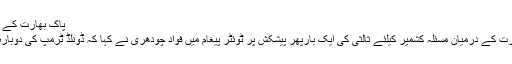
پاک بھارت کے درمیان کشمیر دیرینہ، پیچیدہ اور حل طلب مسئلہ ہے: ٹرمپ
دوسری طرف امریکی صدر کی جانب سے پاکستان اور بھارت کے درمیان مسئلہ کشمیر کیلئے ثالثی کی ایک بارپھر پیشکش پر ٹوئٹر پیغام میں فواد چودھری نے کہا کہ ڈونلڈ ٹرمپ کی دوبارہ ثالثی کی پیشکش دنیا کی کشمیر پر تشویش عیاں کرتی ہے۔